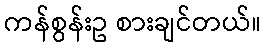
ကန်စွန်းဥ စားချင်တယ်။